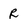
Character: R